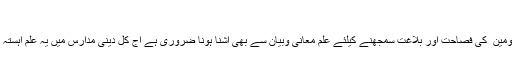
فصاحت وبلاغت:
قرآن کی فصاحت اور بلاغت احادیث معصومین ؑ کی فصاحت اور بلاغت سمجھنے کیلئے علم معانی وبیان سے بھی آشنا ہونا ضروری ہے آج کل دینی مدارس میں یہ علم آہستہ آہستہ نصاب تعلیم سے محو ہوتا جارہا ہے۔